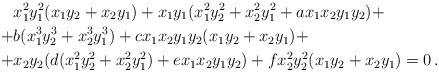
LaTeX: \begin{align*} & x_1^2 y_1^2 (x_1 y_2 + x_2 y_1) + x_1 y_1(x_1^2 y_2^2 + x_2^2 y_1^2 + a x_1 x_2 y_1 y_2) + \\ +& b(x_1^3 y_2^3 + x_2^3 y_1^3) + c x_1 x_2 y_1 y_2 (x_1 y_2 + x_2 y_1) + \\ +& x_2 y_2 (d(x_1^2 y_2^2 + x_2^2 y_1^2) + ex_1 x_2 y_1 y_2) + f x_2^2 y_2^2 (x_1 y_2 + x_2 y_1) =0 \, . \end{align*}